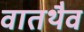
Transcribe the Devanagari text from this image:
वातथैव